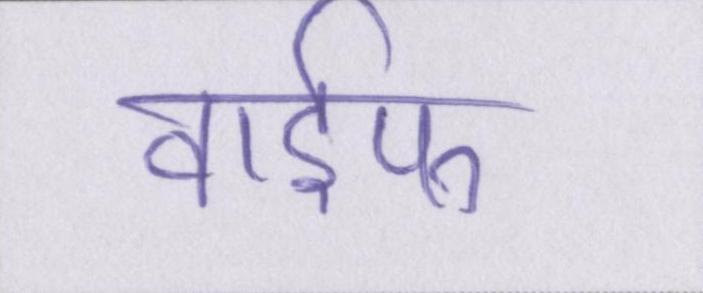
वाईफ